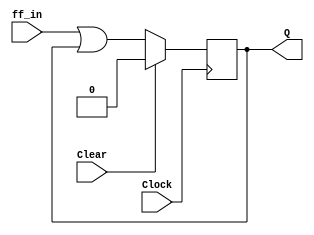
module control_ff(Clock, ff_in, Clear, Q);

input Clock, ff_in, Clear;
output reg Q;

always @(posedge Clock)
	if(Clear)
		Q <= 0;
	else
		Q <= ff_in | Q;

endmodule